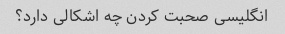
انگلیسی صحبت کردن چه اشکالی دارد؟